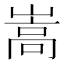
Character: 嵩